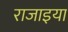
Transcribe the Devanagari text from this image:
राजाइया